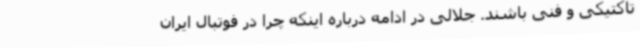
تاکتیکی و فنی باشند. جلالی در ادامه درباره اینکه چرا در فوتبال ایران